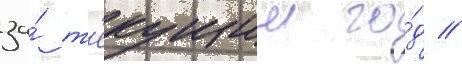
за́ т'екущии го́д //